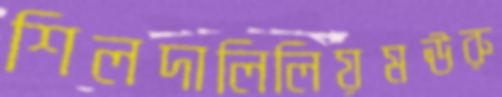
শিলদালিলিয়মঊরু